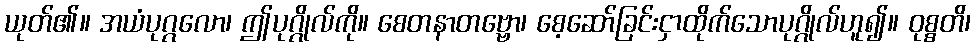
ယုတ်၏။ အယံပုဂ္ဂလော၊ ဤပုဂ္ဂိုလ်ကို။ စေတနာတဗ္ဗော၊ စေ့ဆော်ခြင်းငှာထိုက်သောပုဂ္ဂိုလ်ဟူ၍။ ဝုစ္စတိ၊